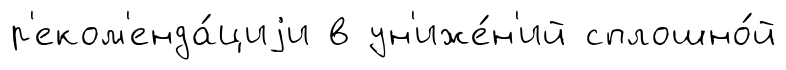
р'еком'енда́циjи в ун'иже́н'ий сплошно́й